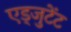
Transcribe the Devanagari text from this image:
एड्जुटेंट